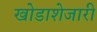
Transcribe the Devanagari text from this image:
खोडाशेजारी